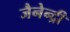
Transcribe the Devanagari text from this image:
जैनेन्द्री